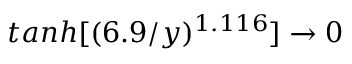
t a n h [ ( 6 . 9 / y ) ^ { 1 . 1 1 6 } ] \rightarrow 0